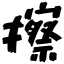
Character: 擦